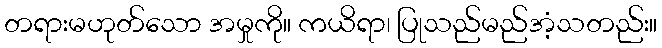
တရားမဟုတ်သော အမှုကို။ ကယိရာ၊ ပြုသည်မည်အံ့သတည်း။